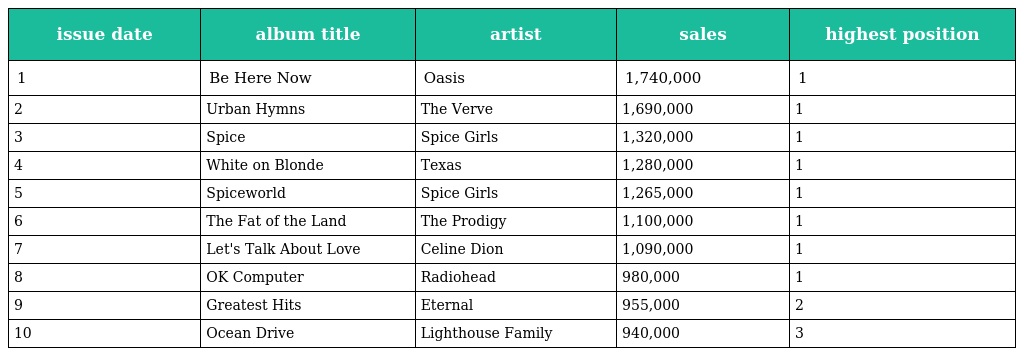
| issue date | album title | artist | sales | highest position |
 | --- | --- | --- | --- | --- |
 | 1 | Be Here Now | Oasis | 1,740,000 | 1 |
 | 2 | Urban Hymns | The Verve | 1,690,000 | 1 |
 | 3 | Spice | Spice Girls | 1,320,000 | 1 |
 | 4 | White on Blonde | Texas | 1,280,000 | 1 |
 | 5 | Spiceworld | Spice Girls | 1,265,000 | 1 |
 | 6 | The Fat of the Land | The Prodigy | 1,100,000 | 1 |
 | 7 | Let's Talk About Love | Celine Dion | 1,090,000 | 1 |
 | 8 | OK Computer | Radiohead | 980,000 | 1 |
 | 9 | Greatest Hits | Eternal | 955,000 | 2 |
 | 10 | Ocean Drive | Lighthouse Family | 940,000 | 3 |